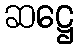
ဆဋ္ဌေ